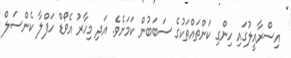
އިސްރާއީލުގައި ހިންގި ކަންތައްތަކުގެ ސަބަބުން ކަމަށެވެ. އަދި މިހާރު އެވޯޑް ހަފްލާ ކެންސަލް